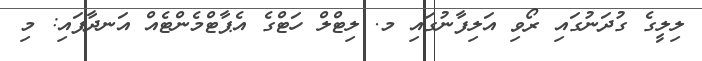
ލިލީގެ ގުދަނުގައި ރޯވި އަލިފާނުގައި މ. ލިޓްލް ހަޓްގެ އެޕާޓްމެންޓެއް އަނދާފައި: މި